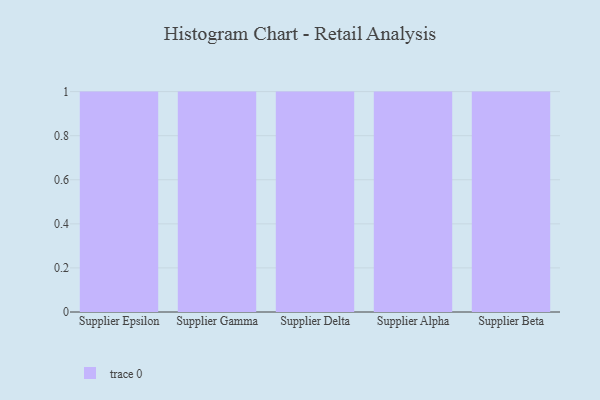
{"axis": {"x": "Supplier", "y": "Energy Usage (MWh)"}, "legend": [""], "data": [{"x": "Supplier Epsilon", "y": 72, "type": ""}, {"x": "Supplier Gamma", "y": 4, "type": ""}, {"x": "Supplier Delta", "y": 98, "type": ""}, {"x": "Supplier Alpha", "y": 60, "type": ""}, {"x": "Supplier Beta", "y": 62, "type": ""}]}